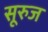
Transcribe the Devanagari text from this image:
सूरुज